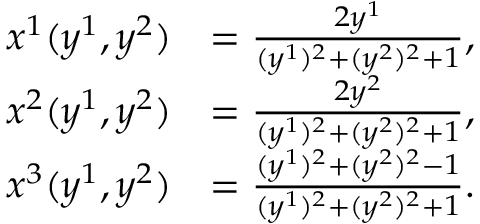
\begin{array} { r l } { x ^ { 1 } ( y ^ { 1 } , y ^ { 2 } ) } & { = \frac { 2 y ^ { 1 } } { ( y ^ { 1 } ) ^ { 2 } + ( y ^ { 2 } ) ^ { 2 } + 1 } , \ } \\ { x ^ { 2 } ( y ^ { 1 } , y ^ { 2 } ) } & { = \frac { 2 y ^ { 2 } } { ( y ^ { 1 } ) ^ { 2 } + ( y ^ { 2 } ) ^ { 2 } + 1 } , \ } \\ { x ^ { 3 } ( y ^ { 1 } , y ^ { 2 } ) } & { = \frac { ( y ^ { 1 } ) ^ { 2 } + ( y ^ { 2 } ) ^ { 2 } - 1 } { ( y ^ { 1 } ) ^ { 2 } + ( y ^ { 2 } ) ^ { 2 } + 1 } . } \end{array}